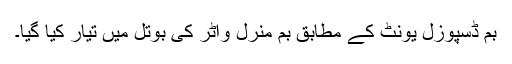
بم ڈسپوزل یونٹ کے مطابق بم منرل واٹر کی بوتل میں تیار کیا گیا۔